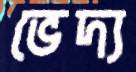
ভেদ্য